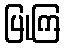
ပြုကြ